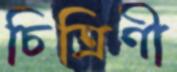
চিত্রিণী